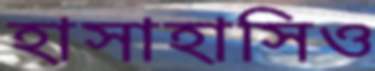
হাসাহাসিও